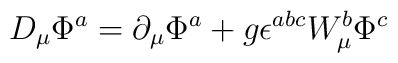
D_{\mu} \Phi ^a = \partial _{\mu} \Phi ^a + g \epsilon ^{abc}W_{\mu} ^b \Phi ^c